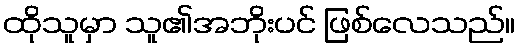
ထိုသူမှာ သူ၏အဘိုးပင် ဖြစ်လေသည်။